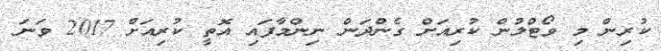
ކުރިން މި ވޯޓްލުން ކުރިއަށް ގެންދަން ނިންމާފައި އޮތީ ކުރިއަށް 2017 ވަނަ